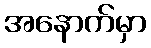
အနောက်မှာ